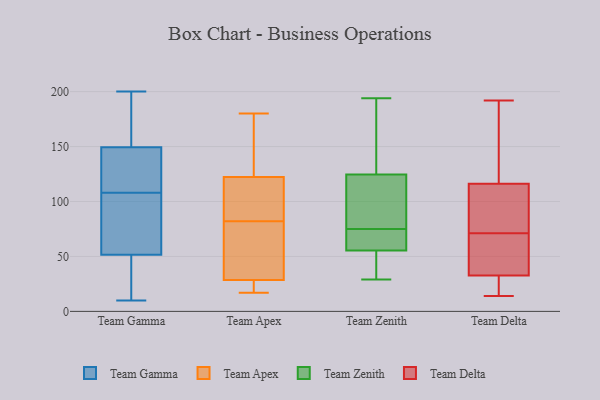
{"axis": {"x": "Market Share (%)", "y": "Value"}, "legend": ["Team Apex", "Team Delta", "Team Gamma", "Team Zenith"], "data": [{"x": "", "y": 153, "type": "Team Gamma"}, {"x": "", "y": 198, "type": "Team Gamma"}, {"x": "", "y": 200, "type": "Team Gamma"}, {"x": "", "y": 130, "type": "Team Gamma"}, {"x": "", "y": 46, "type": "Team Gamma"}, {"x": "", "y": 108, "type": "Team Gamma"}, {"x": "", "y": 138, "type": "Team Gamma"}, {"x": "", "y": 181, "type": "Team Gamma"}, {"x": "", "y": 87, "type": "Team Gamma"}, {"x": "", "y": 19, "type": "Team Gamma"}, {"x": "", "y": 120, "type": "Team Gamma"}, {"x": "", "y": 10, "type": "Team Gamma"}, {"x": "", "y": 68, "type": "Team Gamma"}, {"x": "", "y": 79, "type": "Team Gamma"}, {"x": "", "y": 101, "type": "Team Gamma"}, {"x": "", "y": 186, "type": "Team Gamma"}, {"x": "", "y": 17, "type": "Team Gamma"}, {"x": "", "y": 115, "type": "Team Gamma"}, {"x": "", "y": 34, "type": "Team Gamma"}, {"x": "", "y": 30, "type": "Team Apex"}, {"x": "", "y": 82, "type": "Team Apex"}, {"x": "", "y": 66, "type": "Team Apex"}, {"x": "", "y": 125, "type": "Team Apex"}, {"x": "", "y": 167, "type": "Team Apex"}, {"x": "", "y": 17, "type": "Team Apex"}, {"x": "", "y": 103, "type": "Team Apex"}, {"x": "", "y": 28, "type": "Team Apex"}, {"x": "", "y": 24, "type": "Team Apex"}, {"x": "", "y": 180, "type": "Team Apex"}, {"x": "", "y": 114, "type": "Team Apex"}, {"x": "", "y": 82, "type": "Team Zenith"}, {"x": "", "y": 29, "type": "Team Zenith"}, {"x": "", "y": 129, "type": "Team Zenith"}, {"x": "", "y": 194, "type": "Team Zenith"}, {"x": "", "y": 42, "type": "Team Zenith"}, {"x": "", "y": 120, "type": "Team Zenith"}, {"x": "", "y": 65, "type": "Team Zenith"}, {"x": "", "y": 46, "type": "Team Zenith"}, {"x": "", "y": 66, "type": "Team Zenith"}, {"x": "", "y": 130, "type": "Team Zenith"}, {"x": "", "y": 68, "type": "Team Zenith"}, {"x": "", "y": 136, "type": "Team Zenith"}, {"x": "", "y": 67, "type": "Team Zenith"}, {"x": "", "y": 88, "type": "Team Zenith"}, {"x": "", "y": 31, "type": "Team Zenith"}, {"x": "", "y": 106, "type": "Team Zenith"}, {"x": "", "y": 35, "type": "Team Delta"}, {"x": "", "y": 18, "type": "Team Delta"}, {"x": "", "y": 73, "type": "Team Delta"}, {"x": "", "y": 170, "type": "Team Delta"}, {"x": "", "y": 71, "type": "Team Delta"}, {"x": "", "y": 150, "type": "Team Delta"}, {"x": "", "y": 192, "type": "Team Delta"}, {"x": "", "y": 26, "type": "Team Delta"}, {"x": "", "y": 105, "type": "Team Delta"}, {"x": "", "y": 97, "type": "Team Delta"}, {"x": "", "y": 14, "type": "Team Delta"}, {"x": "", "y": 61, "type": "Team Delta"}, {"x": "", "y": 69, "type": "Team Delta"}]}